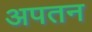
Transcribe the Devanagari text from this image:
अपतन